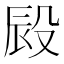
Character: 㲀